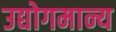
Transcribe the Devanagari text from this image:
उद्योगमान्य